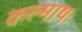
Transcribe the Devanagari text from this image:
कल्माषः